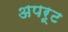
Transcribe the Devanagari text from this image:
अपरूट